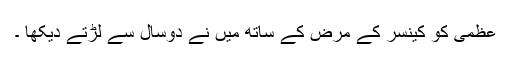
عظمی کو کینسر کے مرض کے ساتھ میں نے دوسال سے لڑتے دیکھا ۔